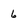
Character: 6